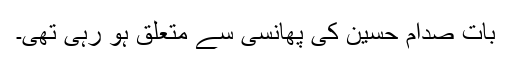
بات صدام حسین کی پھانسی سے متعلق ہو رہی تھی۔